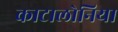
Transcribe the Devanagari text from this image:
काटालोनिया